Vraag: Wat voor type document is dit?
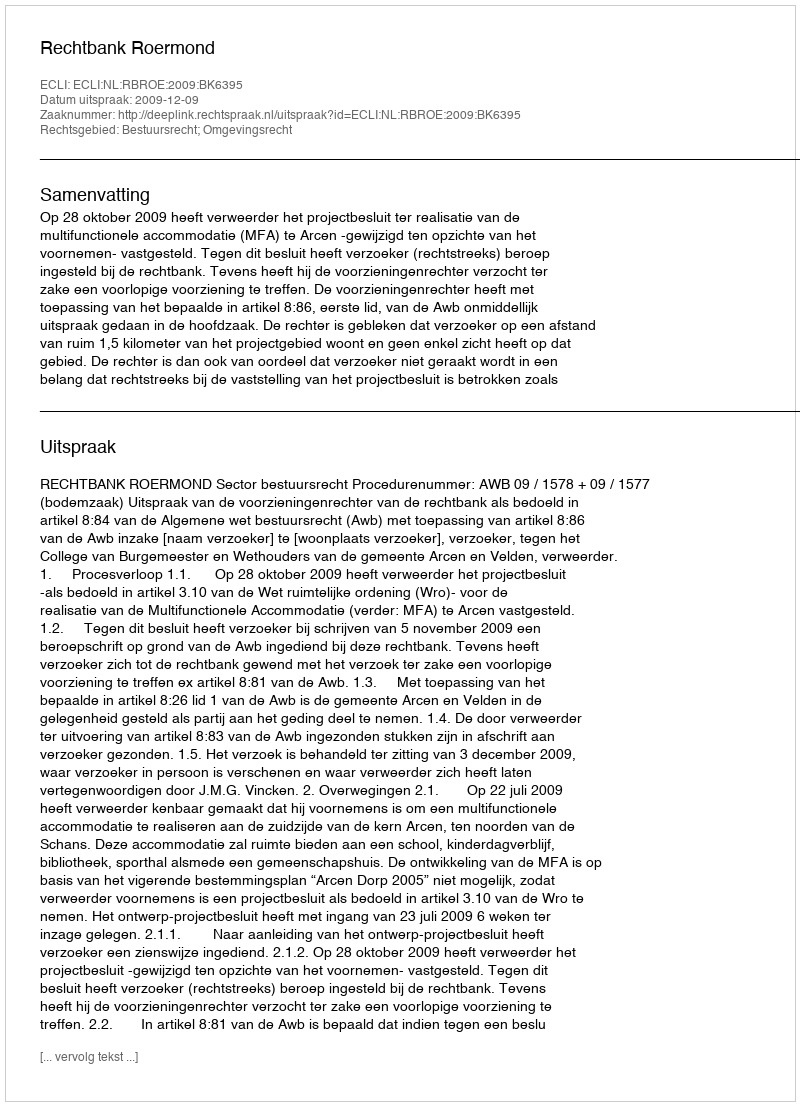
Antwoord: Uitspraak